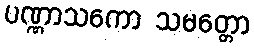
ပဏ္ဏာသကော သမတ္တော